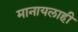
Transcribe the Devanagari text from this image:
मानायलाही